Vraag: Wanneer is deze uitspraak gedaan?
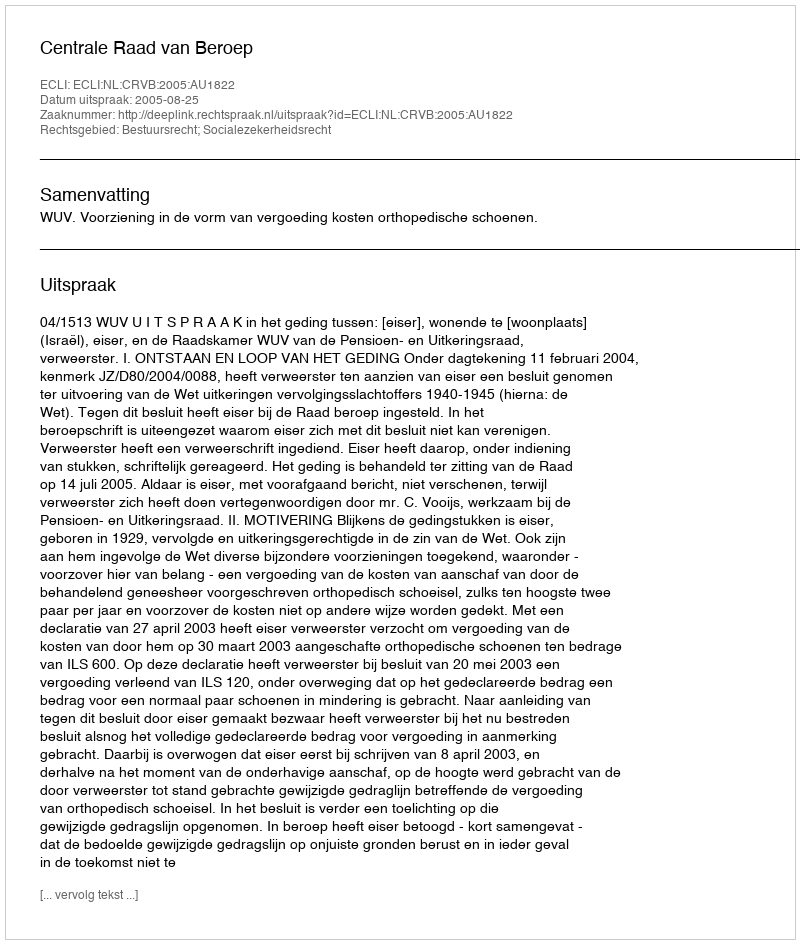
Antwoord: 2005-08-25